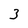
Character: 3